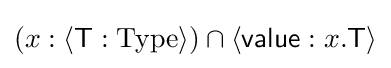
(x:\langle {\textsf {T}}:{\text{Type}}\rangle )\cap \langle {\textsf {value}}:x.{\textsf {T}}\rangle